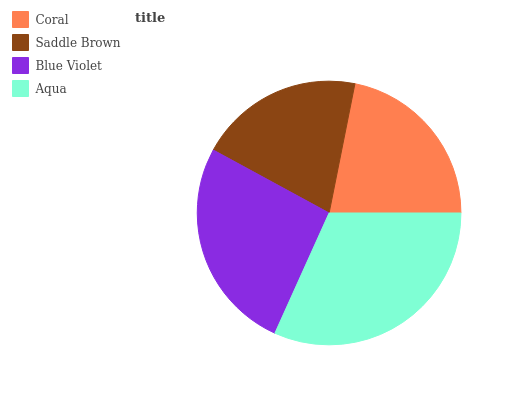
| Coral | Saddle Brown | Blue Violet | Aqua |
 | --- | --- | --- | --- |
 | 21.8% | 20.2% | 26.3% | 31.7% |